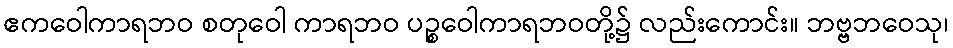
ဧကဝေါကာရဘဝ စတုဝေါ ကာရဘဝ ပဉ္စဝေါကာရဘဝတို့၌ လည်းကောင်း။ ဘဗ္ဗဘဝေသု၊